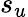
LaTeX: s_{u}